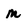
Character: M